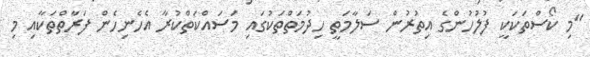
"މި ކޯސްތަކަކީ ފުލުހުންގެ އިތުރުން ސަލާމަތީ ހިދުމަތްތަކުގައި މަސައްކަތްކުރާ އެހެނިހެން ފަރާތްތަކާއި މި